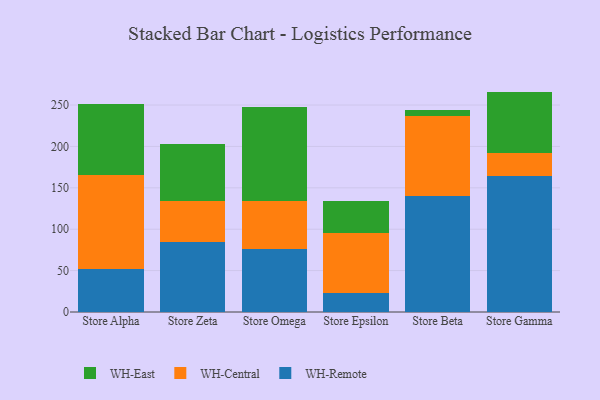
{"axis": {"x": "Store", "y": "Conversion Rate (%)"}, "legend": ["WH-Central", "WH-East", "WH-Remote"], "data": [{"x": "Store Alpha", "y": 51.8, "type": "WH-Remote"}, {"x": "Store Alpha", "y": 113.5, "type": "WH-Central"}, {"x": "Store Alpha", "y": 85.8, "type": "WH-East"}, {"x": "Store Zeta", "y": 84.0, "type": "WH-Remote"}, {"x": "Store Zeta", "y": 49.8, "type": "WH-Central"}, {"x": "Store Zeta", "y": 69.0, "type": "WH-East"}, {"x": "Store Omega", "y": 76.5, "type": "WH-Remote"}, {"x": "Store Omega", "y": 57.3, "type": "WH-Central"}, {"x": "Store Omega", "y": 113.4, "type": "WH-East"}, {"x": "Store Epsilon", "y": 22.7, "type": "WH-Remote"}, {"x": "Store Epsilon", "y": 72.3, "type": "WH-Central"}, {"x": "Store Epsilon", "y": 39.5, "type": "WH-East"}, {"x": "Store Beta", "y": 140.1, "type": "WH-Remote"}, {"x": "Store Beta", "y": 96.8, "type": "WH-Central"}, {"x": "Store Beta", "y": 7.3, "type": "WH-East"}, {"x": "Store Gamma", "y": 164.7, "type": "WH-Remote"}, {"x": "Store Gamma", "y": 27.9, "type": "WH-Central"}, {"x": "Store Gamma", "y": 73.6, "type": "WH-East"}]}